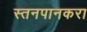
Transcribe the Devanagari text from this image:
स्तनपानकरा